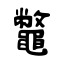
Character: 鼈